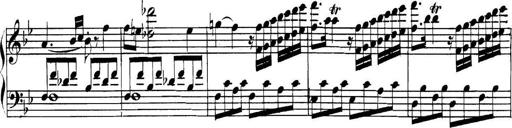
Title: Collected Piano Sonatas
Composer: Muzio Clementi